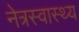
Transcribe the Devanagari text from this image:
नेत्रस्वास्थ्य